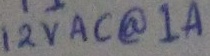
Text: 12VAC@1A